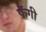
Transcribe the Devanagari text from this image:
फॅगी